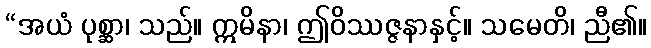
“အယံ ပုစ္ဆာ၊ သည်။ ဣမိနာ၊ ဤဝိဿဇ္ဇနာနှင့်။ သမေတိ၊ ညီ၏။